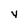
Character: y